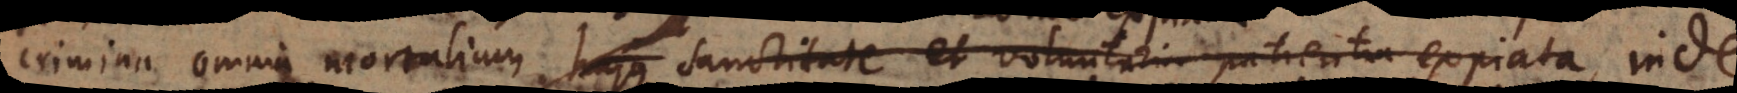
crimina omnia mortalium hujus sanctitate et voluntaria patientia expiata a